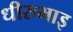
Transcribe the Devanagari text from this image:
धीरुभाइ